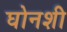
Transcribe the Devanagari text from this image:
घोनशी